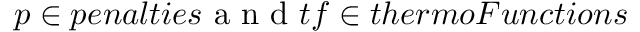
p \in p e n a l t i e s \mathrm { ~ a ~ n ~ d ~ } t f \in t h e r m o F u n c t i o n s